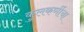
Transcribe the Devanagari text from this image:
कुलकर्णीचा